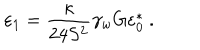
\varepsilon _ { 1 } = \frac { \kappa } { 2 4 S ^ { 2 } } \gamma _ { w } G \varepsilon _ { 0 } ^ { * } \ .